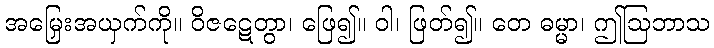
အမြှေးအယှက်ကို။ ဝိဇဋေတွာ၊ ဖြေ၍။ ဝါ၊ ဖြတ်၍။ တေ ဓမ္မာ၊ ဤဩဘာသ